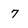
Character: 7